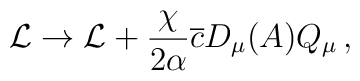
{\cal L} \rightarrow {\cal L} + \frac{\chi}{2\alpha}\overline{c} D_\mu(A) Q_\mu \, ,